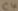
Text: C4